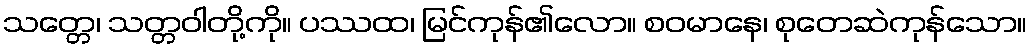
သတ္တေ၊ သတ္တဝါတို့ကို။ ပဿထ၊ မြင်ကုန်၏လော။ စဝမာနေ၊ စုတေဆဲကုန်သော။